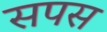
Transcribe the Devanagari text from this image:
सपस